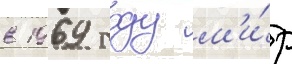
в 1969 году м'и́р